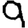
Digit: 9